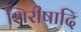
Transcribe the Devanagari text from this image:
शिरीषादि